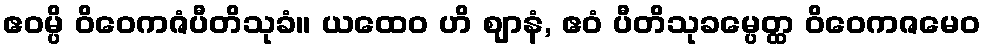
ဧဝမ္ပိ ဝိဝေကဇံပီတိသုခံ။ ယထေဝ ဟိ ဈာနံ, ဧဝံ ပီတိသုခမ္ပေတ္ထ ဝိဝေကဇမေဝ